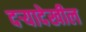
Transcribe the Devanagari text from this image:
दर्‍यादेखील